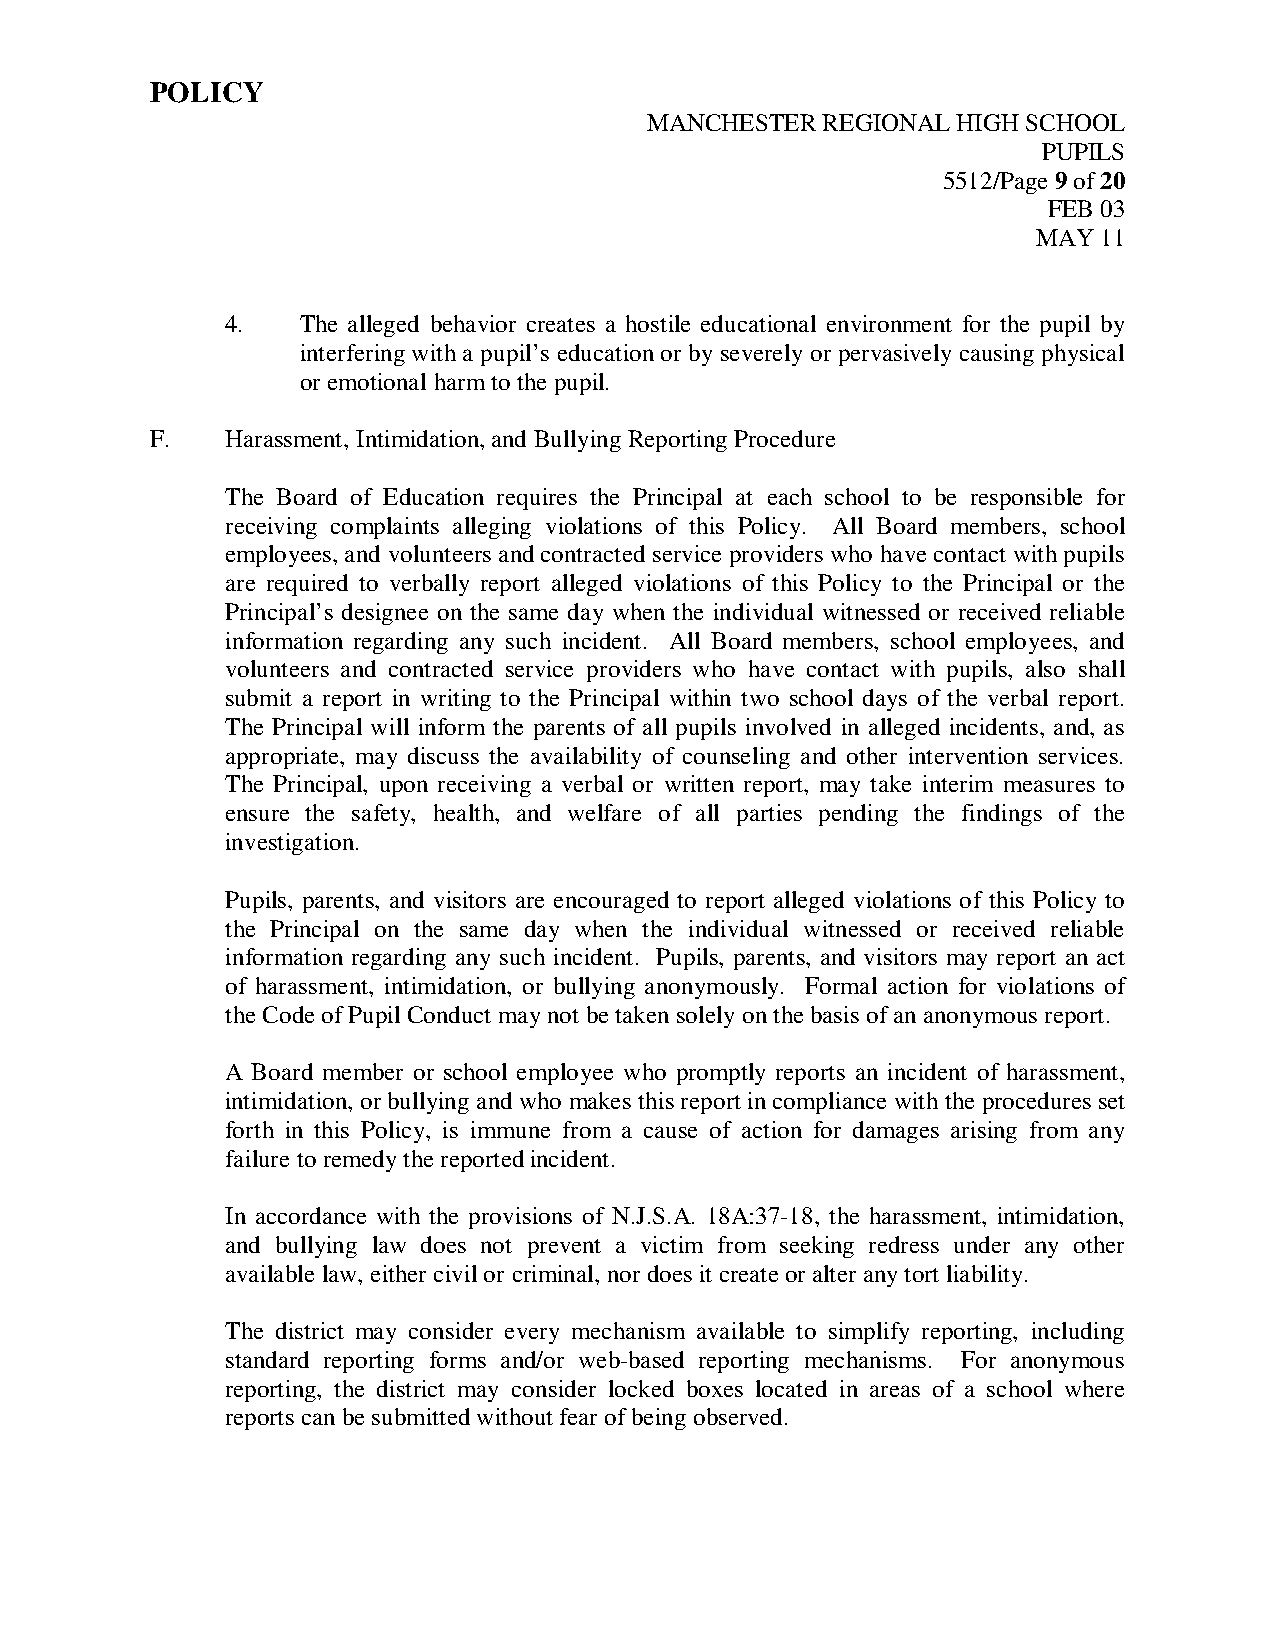
POLICY
 MANCHESTER REGIONAL HIGH SCHOOL
 PUPILS
 5512/Page 9 of 20
 FEB 03
 MAY 11
 4.   The alleged behavior creates a hostile educational environment for the pupil by
 interfering with a pupil’s education or by severely or pervasively causing physical
 or emotional harm to the pupil.
 F.   Harassment, Intimidation, and Bullying Reporting Procedure
 The Board of Education requires the Principal at each school to be responsible for
 receiving complaints alleging violations of this Policy. All Board members, school
 employees, and volunteers and contracted service providers who have contact with pupils
 are required to verbally report alleged violations of this Policy to the Principal or the
 Principal’s designee on the same day when the individual witnessed or received reliable
 information regarding any such incident. All Board members, school employees, and
 volunteers and contracted service providers who have contact with pupils, also shall
 submit a report in writing to the Principal within two school days of the verbal report.
 The Principal will inform the parents of all pupils involved in alleged incidents, and, as
 appropriate, may discuss the availability of counseling and other intervention services.
 The Principal, upon receiving a verbal or written report, may take interim measures to
 ensure the safety, health, and welfare of all parties pending the findings of the
 investigation.
 Pupils, parents, and visitors are encouraged to report alleged violations of this Policy to
 the Principal on the same day when the individual witnessed or received reliable
 information regarding any such incident. Pupils, parents, and visitors may report an act
 of harassment, intimidation, or bullying anonymously. Formal action for violations of
 the Code of Pupil Conduct may not be taken solely on the basis of an anonymous report.
 A Board member or school employee who promptly reports an incident of harassment,
 intimidation, or bullying and who makes this report in compliance with the procedures set
 forth in this Policy, is immune from a cause of action for damages arising from any
 failure to remedy the reported incident.
 In accordance with the provisions of N.J.S.A. 18A:37-18, the harassment, intimidation,
 and bullying law does not prevent a victim from seeking redress under any other
 available law, either civil or criminal, nor does it create or alter any tort liability.
 The district may consider every mechanism available to simplify reporting, including
 standard reporting forms and/or web-based reporting mechanisms. For anonymous
 reporting, the district may consider locked boxes located in areas of a school where
 reports can be submitted without fear of being observed.